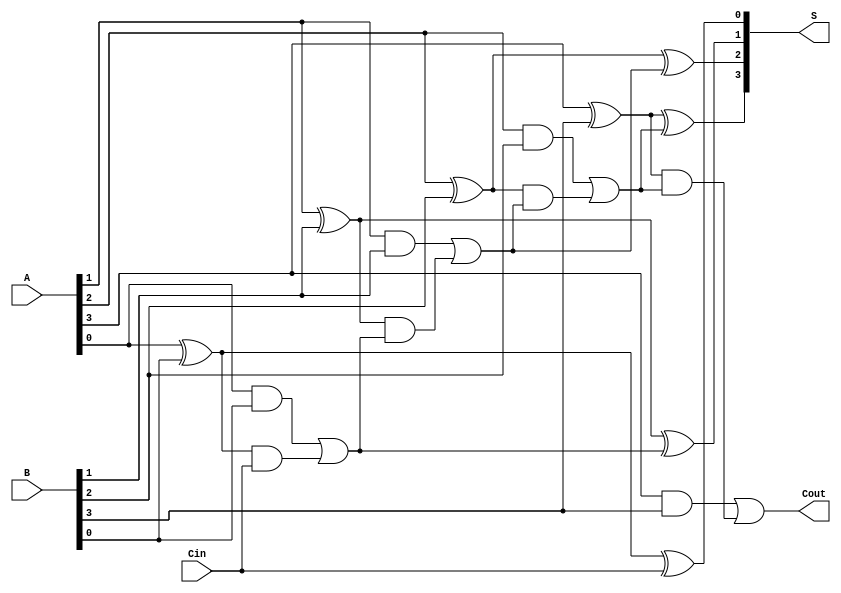
module Carrylookaheadadderb(S,Cout,A,B,Cin);
  output [3:0]S;
  output Cout;
  input [3:0]A,B;
  input Cin;
  reg [3:0]S;
  reg Cout;
  reg [4:0]C;
  integer i;
  always @(A,B,Cin)
  begin
  C[0] = Cin;
  for(i=0;i<5;i=i+1)
     begin
     S[i]=A[i]^B[i]^C[i];
     C[i+1] = ((A[i]&B[i])|((A[i]^B[i])&C[i]));
     end
  Cout = C[4];
  end
  
endmodule